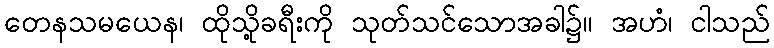
တေနသမယေန၊ ထိုသို့ခရီးကို သုတ်သင်သောအခါ၌။ အဟံ၊ ငါသည်